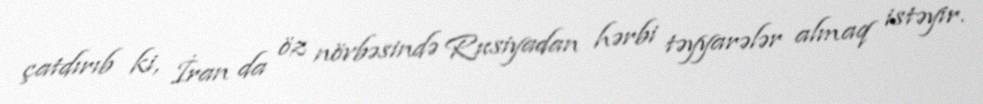
çatdırıb ki, İran da öz növbəsində Rusiyadan hərbi təyyarələr almaq istəyir.